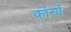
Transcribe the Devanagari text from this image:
कोंगों